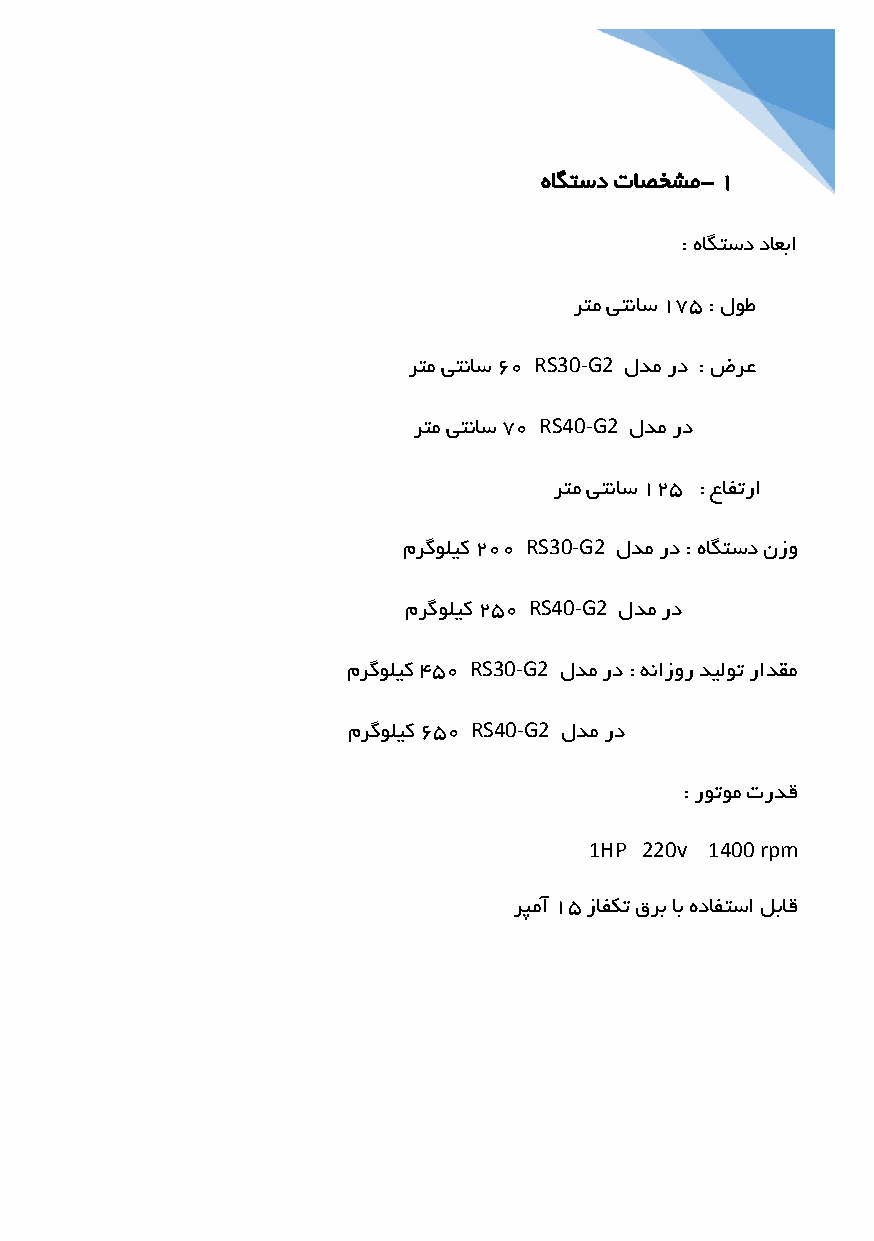
هاگتسد تاصخشم- 1
 : هاگتسد داعبا
 رتم یتناس 175 : لوط
 رتم یتناس 60 RS30-G2 لدم رد : ضرع
 رتم یتناس 70 RS40-G2 لدم رد
 رتم یتناس 125 : عافترا
 مرگولیک 200 RS30-G2 لدم رد : هاگتسد نزو
 مرگولیک 250 RS40-G2 لدم رد
 مرگولیک 450 RS30-G2 لدم رد : هنازور دیلوت رادقم
 مرگولیک 650 RS40-G2 لدم رد
 : روتوم تردق
 1HP 220v 1400 rpm
 رپمآ 15 زافکت قرب اب هدافتسا لباق